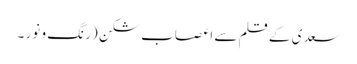
سعدی کے قلم سے	اعصاب شکن (رنگ و نور ۔